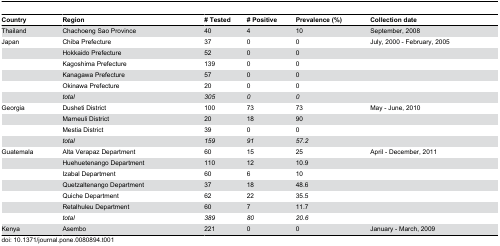
| Country | Region | # Tested | # Positive | Prevalence (%) | Collection date |
 | --- | --- | --- | --- | --- | --- |
 | Thailand | Chachoeng Sao Province | 40 | 4 | 10 | September, 2008 |
 | Japan | Chiba Prefecture | 37 | 0 | 0 | July, 2000 - February, 2005 |
 |  | Hokkaido Prefecture | 52 | 0 | 0 |  |
 |  | Kagoshima Prefecture | 139 | 0 | 0 |  |
 |  | Kanagawa Prefecture | 57 | 0 | 0 |  |
 |  | Okinawa Prefecture | 20 | 0 | 0 |  |
 |  | total | 305 | 0 | 0 |  |
 | Georgia | Dusheti District | 100 | 73 | 73 | May - June, 2010 |
 |  | Marneuli District | 20 | 18 | 90 |  |
 |  | Mestia District | 39 | 0 | 0 |  |
 |  | total | 159 | 91 | 57.2 |  |
 | Guatemala | Alta Verapaz Department | 60 | 15 | 25 | April - December, 2011 |
 |  | Huehuetenango Department | 110 | 12 | 10.9 |  |
 |  | Izabal Department | 60 | 6 | 10 |  |
 |  | Quetzaltenango Department | 37 | 18 | 48.6 |  |
 |  | Quiche Department | 62 | 22 | 35.5 |  |
 |  | Retalhuleu Department | 60 | 7 | 11.7 |  |
 |  | total | 389 | 80 | 20.6 |  |
 | Kenya | Asembo | 221 | 0 | 0 | January - March, 2009 |